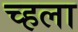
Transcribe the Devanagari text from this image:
च्हला